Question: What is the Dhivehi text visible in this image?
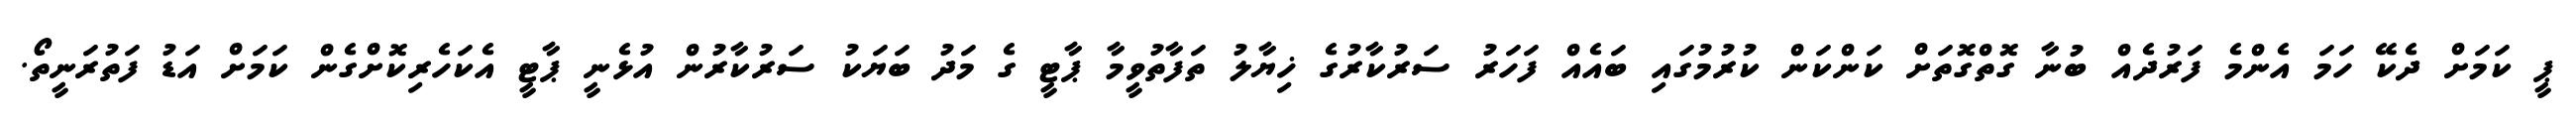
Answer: ޕީ ކަމަށް ދެކޭ ހަމަ އެންމެ ފަރުދެއް ބުނާ ގޮތްގޮތަށް ކަންކަން ކުރުމުގައި ބައެއް ފަހަރު ސަރުކާރުގެ ޚިޔާލު ތަފާތުވީމާ ޕާޓީ ގެ މަދު ބަޔަކު ސަރުކާރުން އުޅެނީ ޕާޓީ އެކަހެރިކޮށްގެން ކަމަށް އަޑު ފަތުރަނީތޯ.